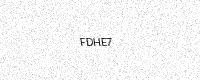
Text: FDHE7